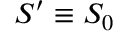
S ^ { \prime } \equiv S _ { 0 }